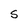
Character: S